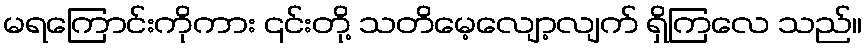
မရကြောင်းကိုကား ၎င်းတို့ သတိမေ့လျော့လျက် ရှိကြလေ သည်။